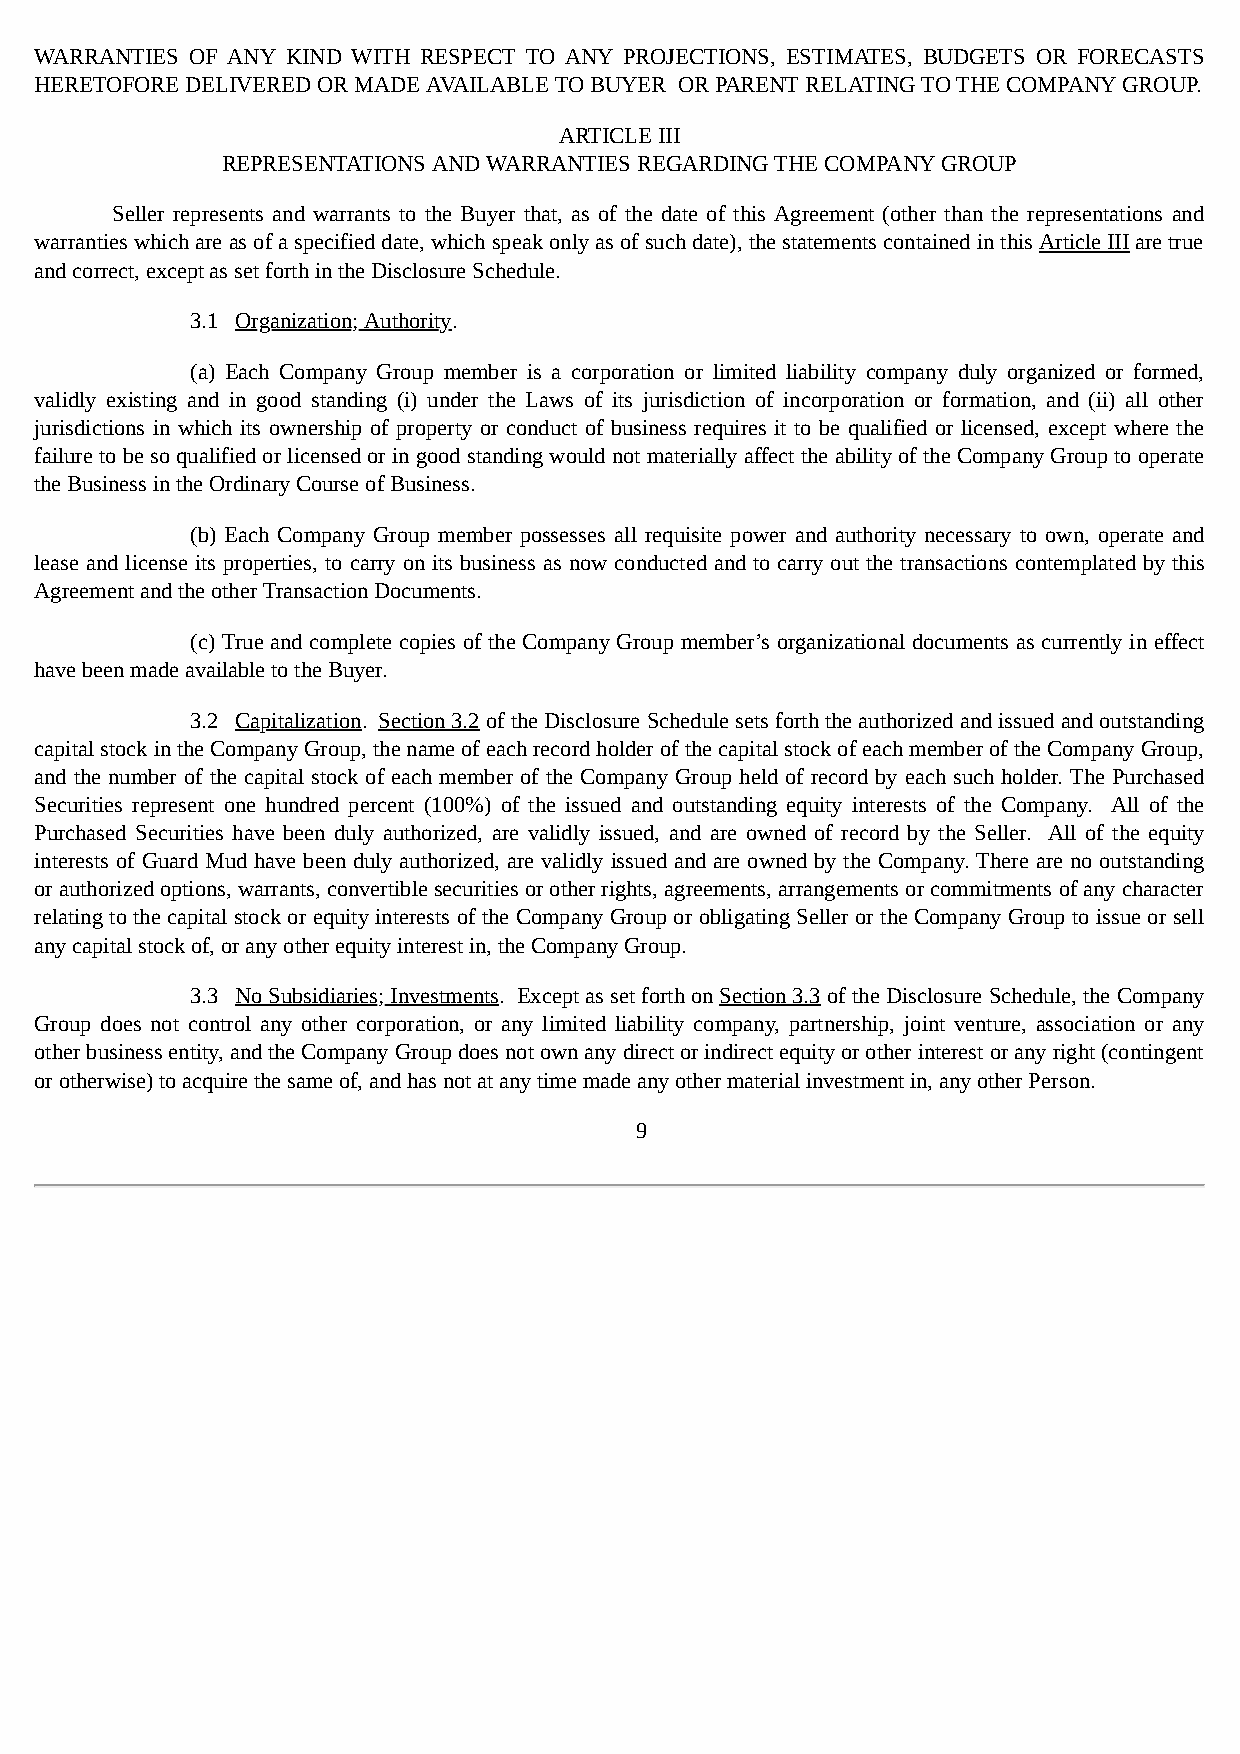
WARRANTIES OF ANY KIND WITH RESPECT TO ANY PROJECTIONS, ESTIMATES, BUDGETS OR FORECASTS
 HERETOFORE DELIVERED OR MADE AVAILABLE TO BUYER OR PARENT RELATING TO THE COMPANY GROUP.
 ARTICLE III
 REPRESENTATIONS AND WARRANTIES REGARDING THE COMPANY GROUP
 Seller represents and warrants to the Buyer that, as of the date of this Agreement (other than the representations and
 warranties which are as of a specified date, which speak only as of such date), the statements contained in this Article III are true
 and correct, except as set forth in the Disclosure Schedule.
 3.1 Organization; Authority.
 (a) Each Company Group member is a corporation or limited liability company duly organized or formed,
 validly existing and in good standing (i) under the Laws of its jurisdiction of incorporation or formation, and (ii) all other
 jurisdictions in which its ownership of property or conduct of business requires it to be qualified or licensed, except where the
 failure to be so qualified or licensed or in good standing would not materially affect the ability of the Company Group to operate
 the Business in the Ordinary Course of Business.
 (b) Each Company Group member possesses all requisite power and authority necessary to own, operate and
 lease and license its properties, to carry on its business as now conducted and to carry out the transactions contemplated by this
 Agreement and the other Transaction Documents.
 (c) True and complete copies of the Company Group member’s organizational documents as currently in effect
 have been made available to the Buyer.
 3.2 Capitalization. Section 3.2 of the Disclosure Schedule sets forth the authorized and issued and outstanding
 capital stock in the Company Group, the name of each record holder of the capital stock of each member of the Company Group,
 and the number of the capital stock of each member of the Company Group held of record by each such holder. The Purchased
 Securities represent one hundred percent (100%) of the issued and outstanding equity interests of the Company. All of the
 Purchased Securities have been duly authorized, are validly issued, and are owned of record by the Seller. All of the equity
 interests of Guard Mud have been duly authorized, are validly issued and are owned by the Company. There are no outstanding
 or authorized options, warrants, convertible securities or other rights, agreements, arrangements or commitments of any character
 relating to the capital stock or equity interests of the Company Group or obligating Seller or the Company Group to issue or sell
 any capital stock of, or any other equity interest in, the Company Group.
 3.3 No Subsidiaries; Investments. Except as set forth on Section 3.3 of the Disclosure Schedule, the Company
 Group does not control any other corporation, or any limited liability company, partnership, joint venture, association or any
 other business entity, and the Company Group does not own any direct or indirect equity or other interest or any right (contingent
 or otherwise) to acquire the same of, and has not at any time made any other material investment in, any other Person.
 9